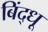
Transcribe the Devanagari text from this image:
बिंद्धू